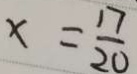
x = \frac { 1 7 } { 2 0 }